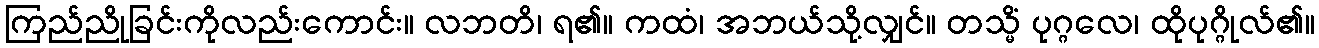
ကြည်ညိုခြင်းကိုလည်းကောင်း။ လဘတိ၊ ရ၏။ ကထံ၊ အဘယ်သို့လျှင်။ တသ္မိံ ပုဂ္ဂလေ၊ ထိုပုဂ္ဂိုလ်၏။